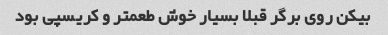
بیکن روی برگر قبلا بسیار خوش طعمتر و کریسپی بود